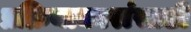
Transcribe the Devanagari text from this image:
प्रक्रियाकारांसाठी